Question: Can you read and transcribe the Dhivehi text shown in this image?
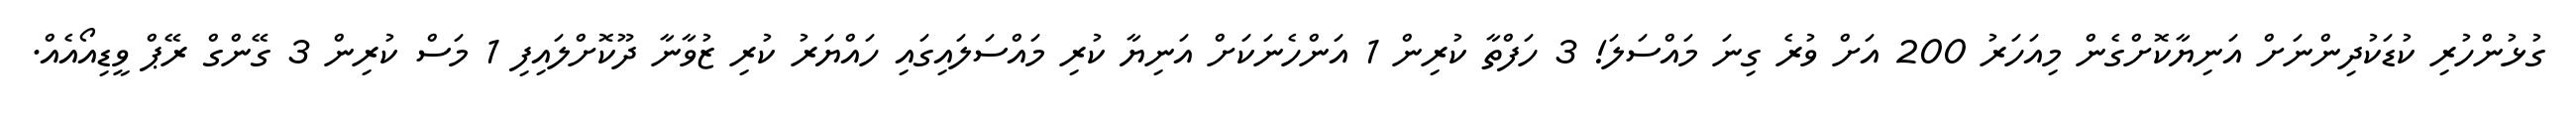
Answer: ގުޅުންހުރި ކުޑަކުދިންނަށް އަނިޔާކޮށްގެން މިއަހަރު 200 އަށް ވުރެ ގިނަ މައްސަލަ! 3 ހަފްތާ ކުރިން 1 އަންހެނަކަށް އަނިޔާ ކުރި މައްސަލައިގައި ހައްޔަރު ކުރި ޒުވާނާ ދޫކޮށްލައިފި 1 މަސް ކުރިން 3 ގޭންގް ރޭޕް ވީޑިއޯއެއް.